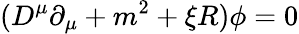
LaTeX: (D^{\mu}\partial_{\mu}+m^{2}+\xi R)\phi=0